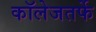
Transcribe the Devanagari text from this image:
कॉलेजतर्फे